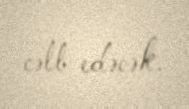
cəlb edəcək.